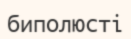
биполюсті